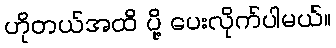
ဟိုတယ်အထိ ပို့ ပေးလိုက်ပါမယ်။